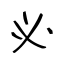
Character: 必